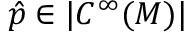
\hat { p } \in | C ^ { \infty } ( M ) |